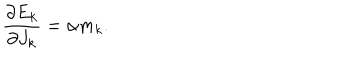
LaTeX: \frac { \partial E _ { k } } { \partial J _ { k } } = \alpha m _ { k } .